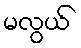
မလွယ်